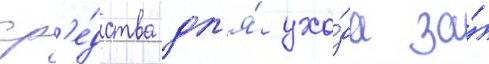
ср'е́дства дл'я́ ухо́да за́